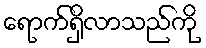
ရောက်ရှိလာသည်ကို